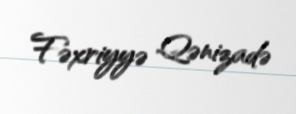
Fəxriyyə Qənizadə